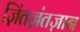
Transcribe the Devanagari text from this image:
ज़िंतज़ंतज़ान